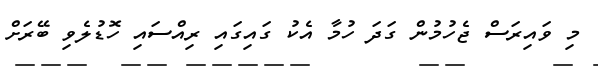
މި ވައިރަސް ޖެހުމުން ގަދަ ހުމާ އެކު ގައިގައި ރިއްސައި ހޮޑުލެވި ބޭރަށް